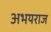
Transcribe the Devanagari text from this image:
अभयराज